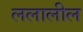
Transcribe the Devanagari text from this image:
ललालील